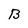
Character: B